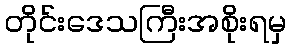
တိုင်းဒေသကြီးအစိုးရမှ